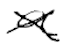
Text: a
Cross-out: cross
Writing tool: digital_black